Paatsalu_vallavalitsus, lk 26
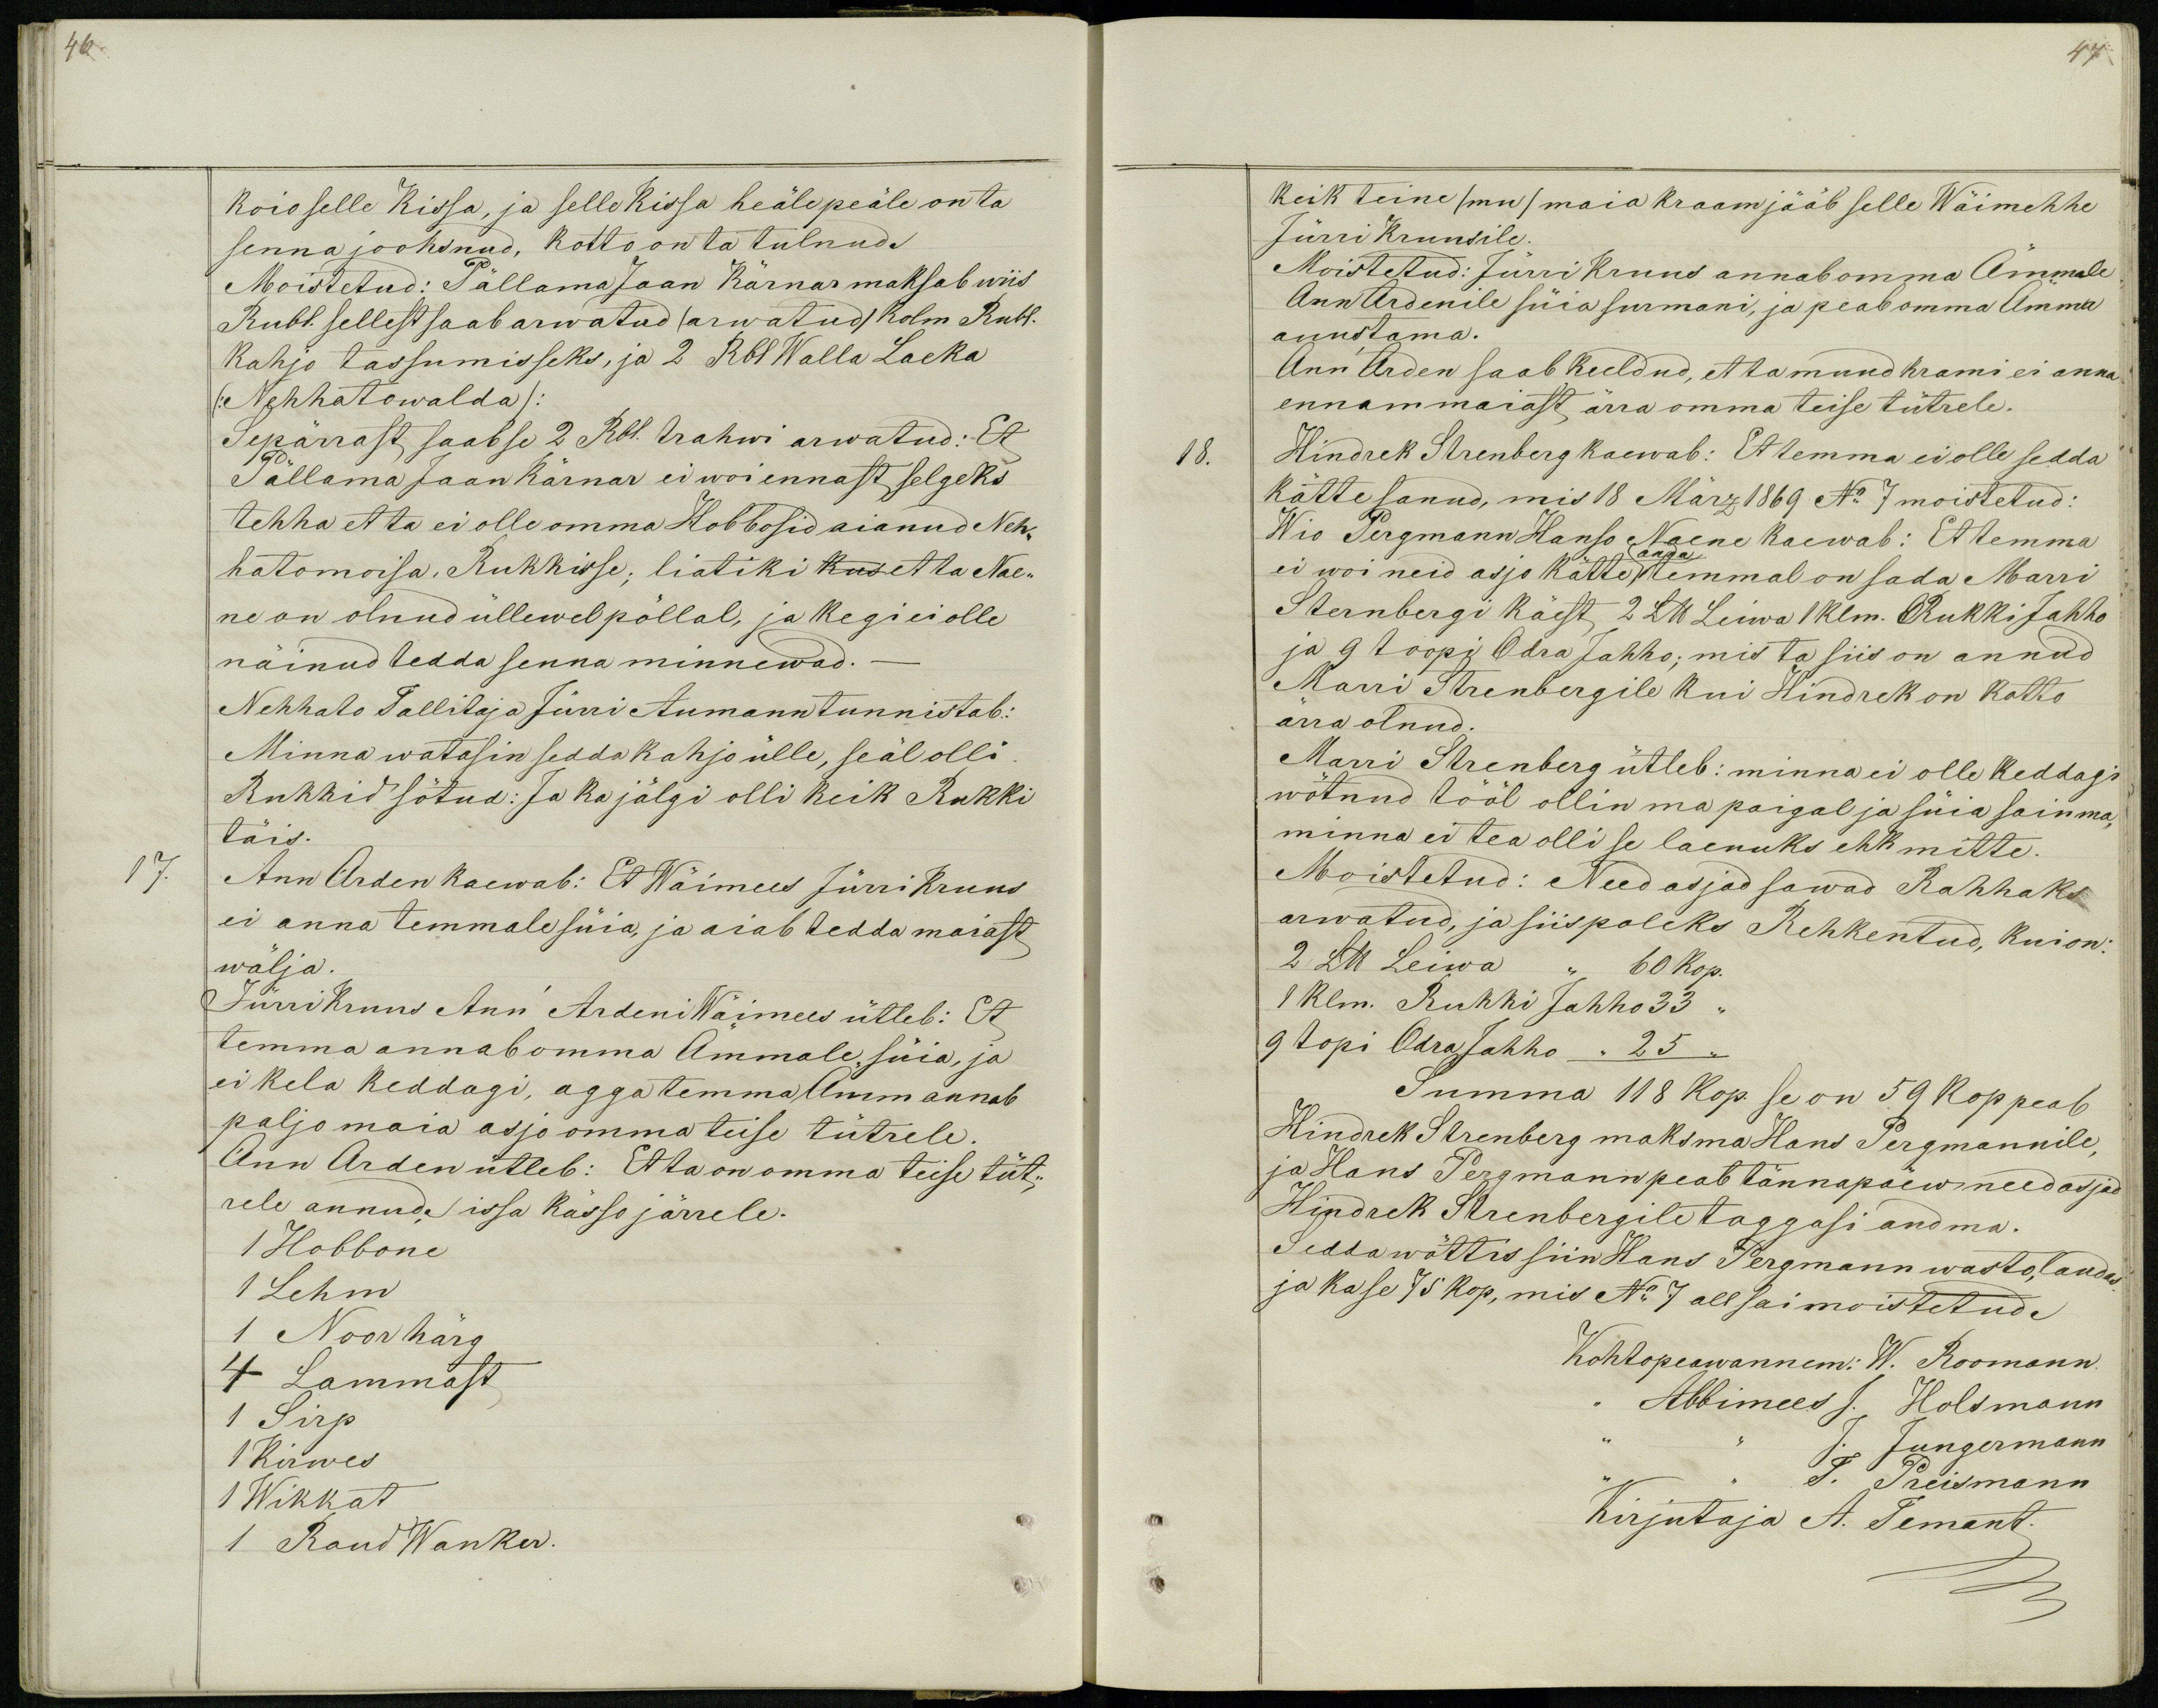
46.

koio selle Kissa, ja selle kissa heäle peäle on ta
senna jooksnud, kotto on ta tulnud.
Moistetud: Pällama Jaan Kärnar maksab wiis
Rubl. sellest saab arwatud (arwatud) kolm Rubl.
kahjo tassumisseks, ja 2 Rbl Walla Laeka
(:Nehhatowalda):
Sepärrast saab se 2 Rbl. trahwi arwatud: Et
Pällama Jaan Kärnar ei woi ennast selgeks
tehha et ta ei olle omma Hobbosid aianud Neh-
hatomoisa, Rukkisse; liatiki kus et ta Nae-
ne on olnud üllewel põllal, ja kegi ei olle
näinud tedda senna minnewad.-
Nehhato Tallitaja Jürri Aumann tunnistab:
Minna watasin sedda kahjo ülle, seäl olli
Rukkid sötud: Ja ka jälgi olli keik Rukki
täis.
17.
Ann Arden kaewab: Et Wäimees Jürri Kruus
ei anna temmale süia, ja aiab tedda maiast
wälja.
Jürri Kruus Ann Ardeni Wäimees ütleb: Et
temma annab omma Ämmale süia, ja
ei kela keddagi, agga temma Ämm annab
paljo maia asjo omma teise tütrele.
Ann Arden ütleb: Et ta on omma teise tüt-
rele annud issa kässo järrele.
1 Hobbone
1 Lehm
1 Noorhärg
4 Lammast
1 Sirp
Kirwes
1 Wikkat
1 Raud Wanker.

47
keik teine (mu) maia kraam jääb selle Wäimehhe
Jürri Kruusile.
Moistetud: Jürri Kruus annab omma Ämmale
Ann Ardenile süia surmani, ja peab omma Ämma
auustama.
Ann Arden saab keeldud, et ta muud krami ei anna
ennam maiast ärra omma teise tütrele.
18.
Hindrek Strenberg kaewab: Et temma ei olle sedda
kätte sanud, mis 18 März 1869 No 7 moistetud:
Wio Pergmann Hanso Naene kaewab: Et temma
anda
ei woi neid asjo kätte temmal on sada Marri
Sternbergi käest 2 Llb Leiwa 1 klm. Rukki Jahho
ja 9 toopi Odra Jahho; mis ta siis on annud
Marri Strenbergile kui Hindrek on kotto
ärra olnud.
Marri Strenberg ütleb: minna ei olle keddagi
wõtnud tööl ollin ma paigal ja süia sain ma,
minna ei tea olli se laenuks ehk mitte.
Moistetud: Need asjad sawad Rahhaks
arwatud, ja siis poleks Rehkentud, kui on:
2 Llb Leiwa ,, 60 kop.
1 klm. Rukki Jahho 33 ,,
9 topi Odra Jahho ,, 25 ,,
Summa 118 kop. se on 59 kop peab
Hindrek Strenberg maksma Hans Pergmannile,
ja Hans Pergmann peab tännapäew need asjad
Hindrek Strenbergile taggasi andma.
Sedda wõttis siin Hans Pergmann wasto, laudas
ja ka se 75 kop, mis No 7 all sai moistetud.
Kohtopeawannem: W. Roomann
Abbimees J. Holsmann
J. Jungermann
J. Preismann
Kirjutaja A. Temant